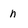
Character: n